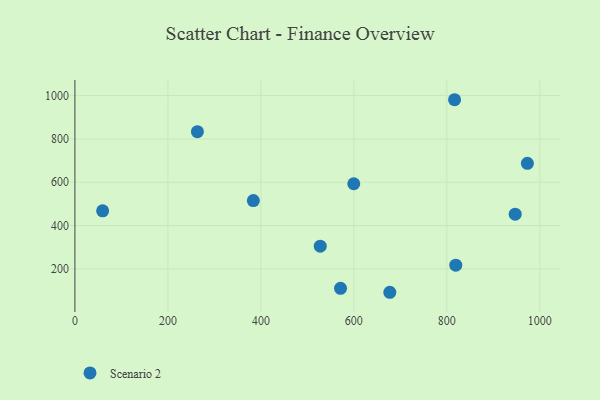
{"axis": {"x": "Price", "y": "Demand"}, "legend": ["Scenario 2"], "data": [{"x": "527.7", "y": 305.0, "type": "Scenario 2"}, {"x": "59.6", "y": 468.4, "type": "Scenario 2"}, {"x": "571.3", "y": 110.8, "type": "Scenario 2"}, {"x": "263.5", "y": 833.4, "type": "Scenario 2"}, {"x": "816.6", "y": 980.6, "type": "Scenario 2"}, {"x": "599.8", "y": 593.0, "type": "Scenario 2"}, {"x": "973.2", "y": 687.4, "type": "Scenario 2"}, {"x": "383.8", "y": 515.4, "type": "Scenario 2"}, {"x": "677.3", "y": 92.5, "type": "Scenario 2"}, {"x": "819.2", "y": 217.4, "type": "Scenario 2"}, {"x": "947.0", "y": 452.9, "type": "Scenario 2"}]}